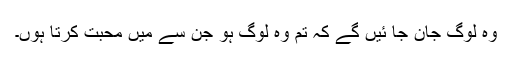
وہ لوگ جان جا ئیں گے کہ تم وہ لوگ ہو جن سے میں محبت کرتا ہوں۔